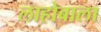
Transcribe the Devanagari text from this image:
लाहोबाला